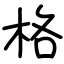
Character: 格